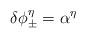
LaTeX: \begin{align*}\delta \phi _{\pm }^{\eta }=\alpha ^{\eta } \end{align*}